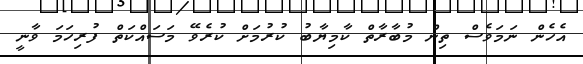
އެހެން ނަމަވެސް ތިން މުބާރާތް ކާމިޔާބު ކުރުމަށް ކުރެވޭ މަސައްކަތް ފުރިހަމަ ވާނީ